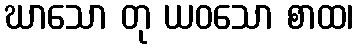
ဃာသော တု ယဝသော စာထ၊